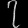
Digit: ၇